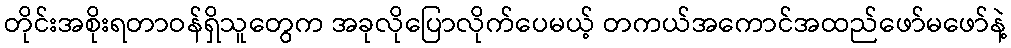
တိုင်းအစိုးရတာဝန်ရှိသူတွေက အခုလိုပြောလိုက်ပေမယ့် တကယ်အကောင်အထည်ဖော်မဖော်နဲ့